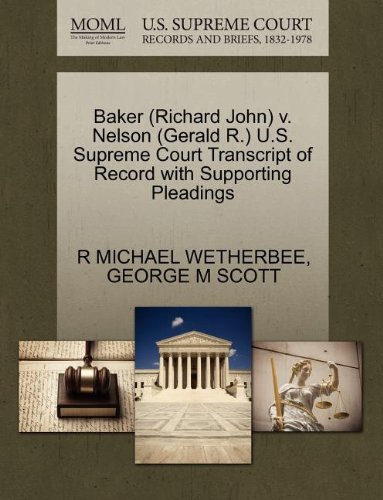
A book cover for Baker (Richard John) v. Nelson (Gerald R.) U.S. Supreme Court Transcript of Record with Supporting Pleadings; R MICHAEL WETHERBEE; Law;